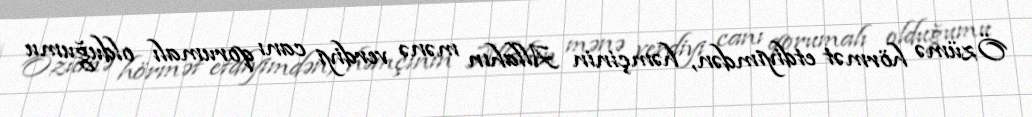
Özümə hörmət etdiyimdən, həmçinin Allahın mənə verdiyi canı qorumalı olduğumu